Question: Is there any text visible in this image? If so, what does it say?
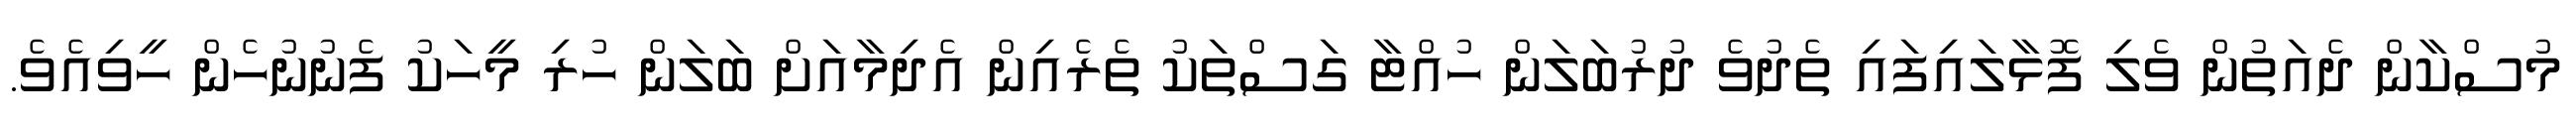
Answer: މުސްކާން ދެއަތުން ވެލި ފޮޅާލައިފައި ތެދުވެ ދުރުބަލަން ހުއްޓާ ގަސްތަކު ތެރެއިން އެދިމާއަށް ބަލަން ހުރި މީހަކު ފެނުނުހެން ހީވިއެވެ.